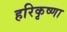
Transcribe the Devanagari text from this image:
हरिकृष्णा